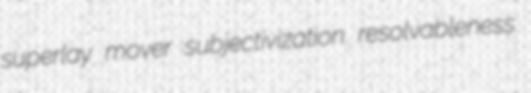
superlay mover subjectivization resolvableness